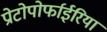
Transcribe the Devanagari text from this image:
प्रोटोपोर्फाईरिया